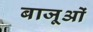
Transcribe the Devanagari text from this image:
बाजूओं